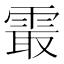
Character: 𱁝